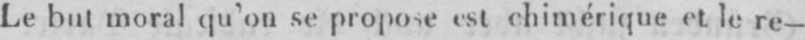
Le but moral qu’on se propose est chimériqueet le re-